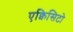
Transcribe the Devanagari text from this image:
एक्विसिटो